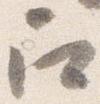
召